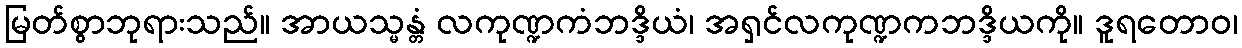
မြတ်စွာဘုရားသည်။ အာယသ္မန္တံ လကုဏ္ဍကံဘဒ္ဒိယံ၊ အရှင်လကုဏ္ဍကဘဒ္ဒိယကို။ ဒူရတောဝ၊